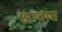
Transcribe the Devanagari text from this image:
अग्वास